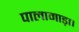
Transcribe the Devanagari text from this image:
पालामाड़ा।